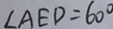
\angle A E D = 6 0 ^ { \circ }